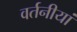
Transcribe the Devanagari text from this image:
वर्तनीयां